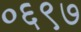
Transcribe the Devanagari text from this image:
०६९७